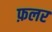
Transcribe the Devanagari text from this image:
फ़लर